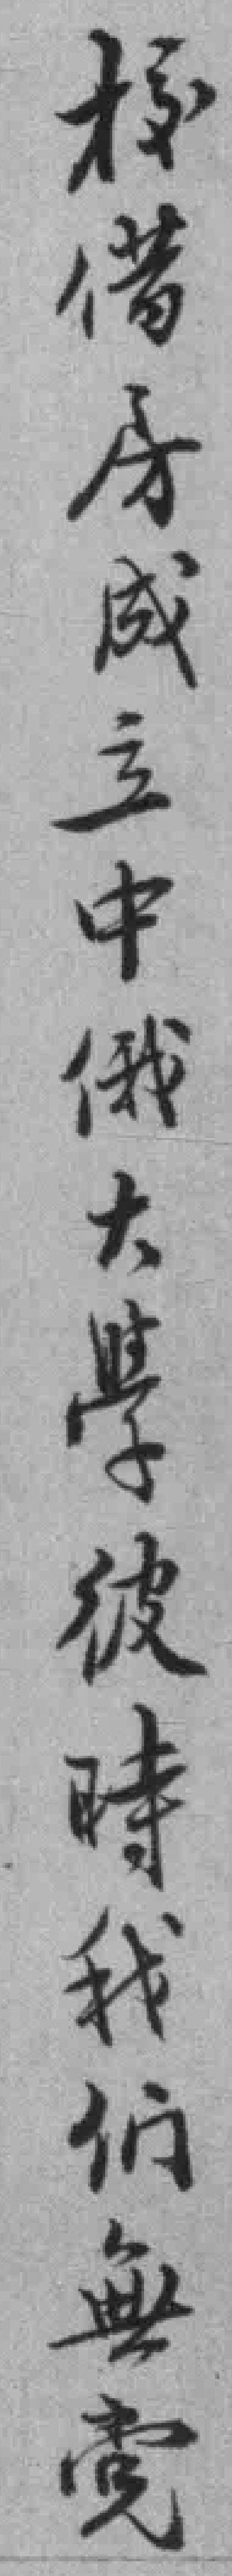
校借房成立中俄大學彼時我们無党